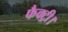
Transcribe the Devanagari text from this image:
फैक्ट्री।